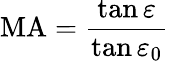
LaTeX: \mathrm{MA}={\frac{\tan\varepsilon}{\tan\varepsilon_{0}}}